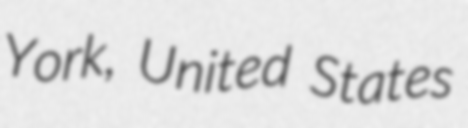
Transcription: York, United States